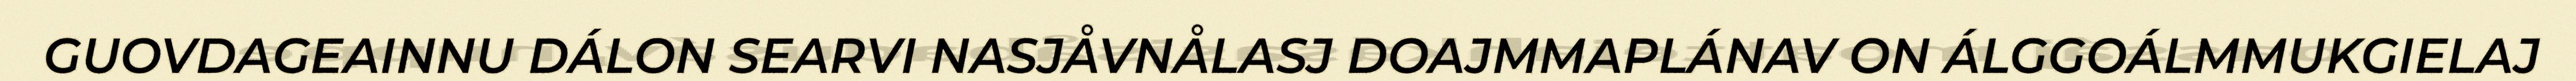
GUOVDAGEAINNU DÁLON SEARVI NASJÅVNÅLASJ DOAJMMAPLÁNAV ON ÁLGGOÁLMMUKGIELAJ